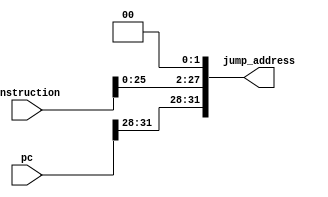
// [BCC 2022.1] Arquitetura e Organizao de Computadores
// Atividade 2VA
// Arquitetantes:
// - Gabriel Santos
// - Gilvaney Leandro
// - Joyce Mirelle
// - Ronaldo Rodrigues

module jump_control (instruction, pc, jump_address);
input wire [31:0] pc, instruction;
output reg [31:0] jump_address;

always @(*) begin
    jump_address <= {pc[31:28], instruction[25:0], 2'b00};
end

endmodule